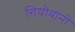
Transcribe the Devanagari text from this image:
गियोवानो